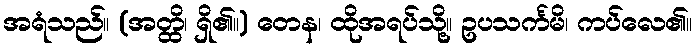
အရံသည်။ (အတ္ထိ၊ ရှိ၏။) တေန၊ ထိုအရပ်သို့။ ဥပသင်္ကမိ၊ ကပ်လေ၏။